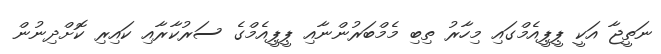
ނަތީޖާ އަކީ ޕީޕީއެމްގައި މިހާރު ތިބި މެމްބަރުންނާއި ޕީޕީއެމްގެ ސަރުކާރާއި ކައިިރި ކޮށްދިނުން